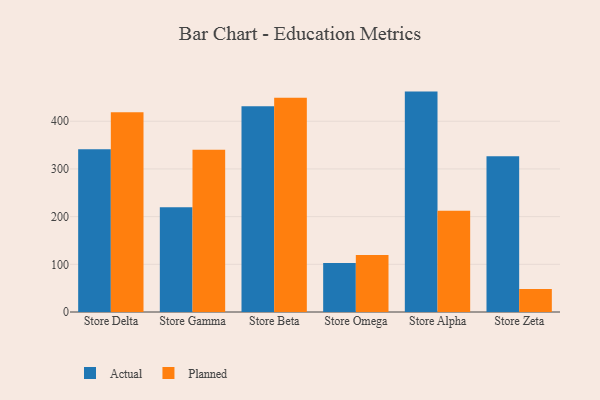
{"axis": {"x": "Store", "y": "Gross Profit (USD K)"}, "legend": ["Actual", "Planned"], "data": [{"x": "Store Delta", "y": 341.2, "type": "Actual"}, {"x": "Store Delta", "y": 418.7, "type": "Planned"}, {"x": "Store Gamma", "y": 219.8, "type": "Actual"}, {"x": "Store Gamma", "y": 340.2, "type": "Planned"}, {"x": "Store Beta", "y": 431.7, "type": "Actual"}, {"x": "Store Beta", "y": 449.3, "type": "Planned"}, {"x": "Store Omega", "y": 102.8, "type": "Actual"}, {"x": "Store Omega", "y": 119.4, "type": "Planned"}, {"x": "Store Alpha", "y": 462.2, "type": "Actual"}, {"x": "Store Alpha", "y": 212.2, "type": "Planned"}, {"x": "Store Zeta", "y": 326.5, "type": "Actual"}, {"x": "Store Zeta", "y": 48.4, "type": "Planned"}]}